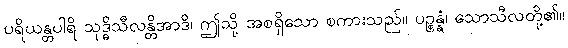
ပရိယန္တပါရိ သုဒ္ဓိသီလန္တိအာဒိ၊ ဤသို့ အစရှိသော စကားသည်။ ပဉ္စန္နံ၊ သောသီလတို့၏။